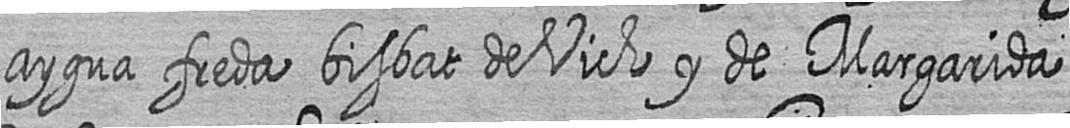
aygua freda bisbat de Vich y de Margarida